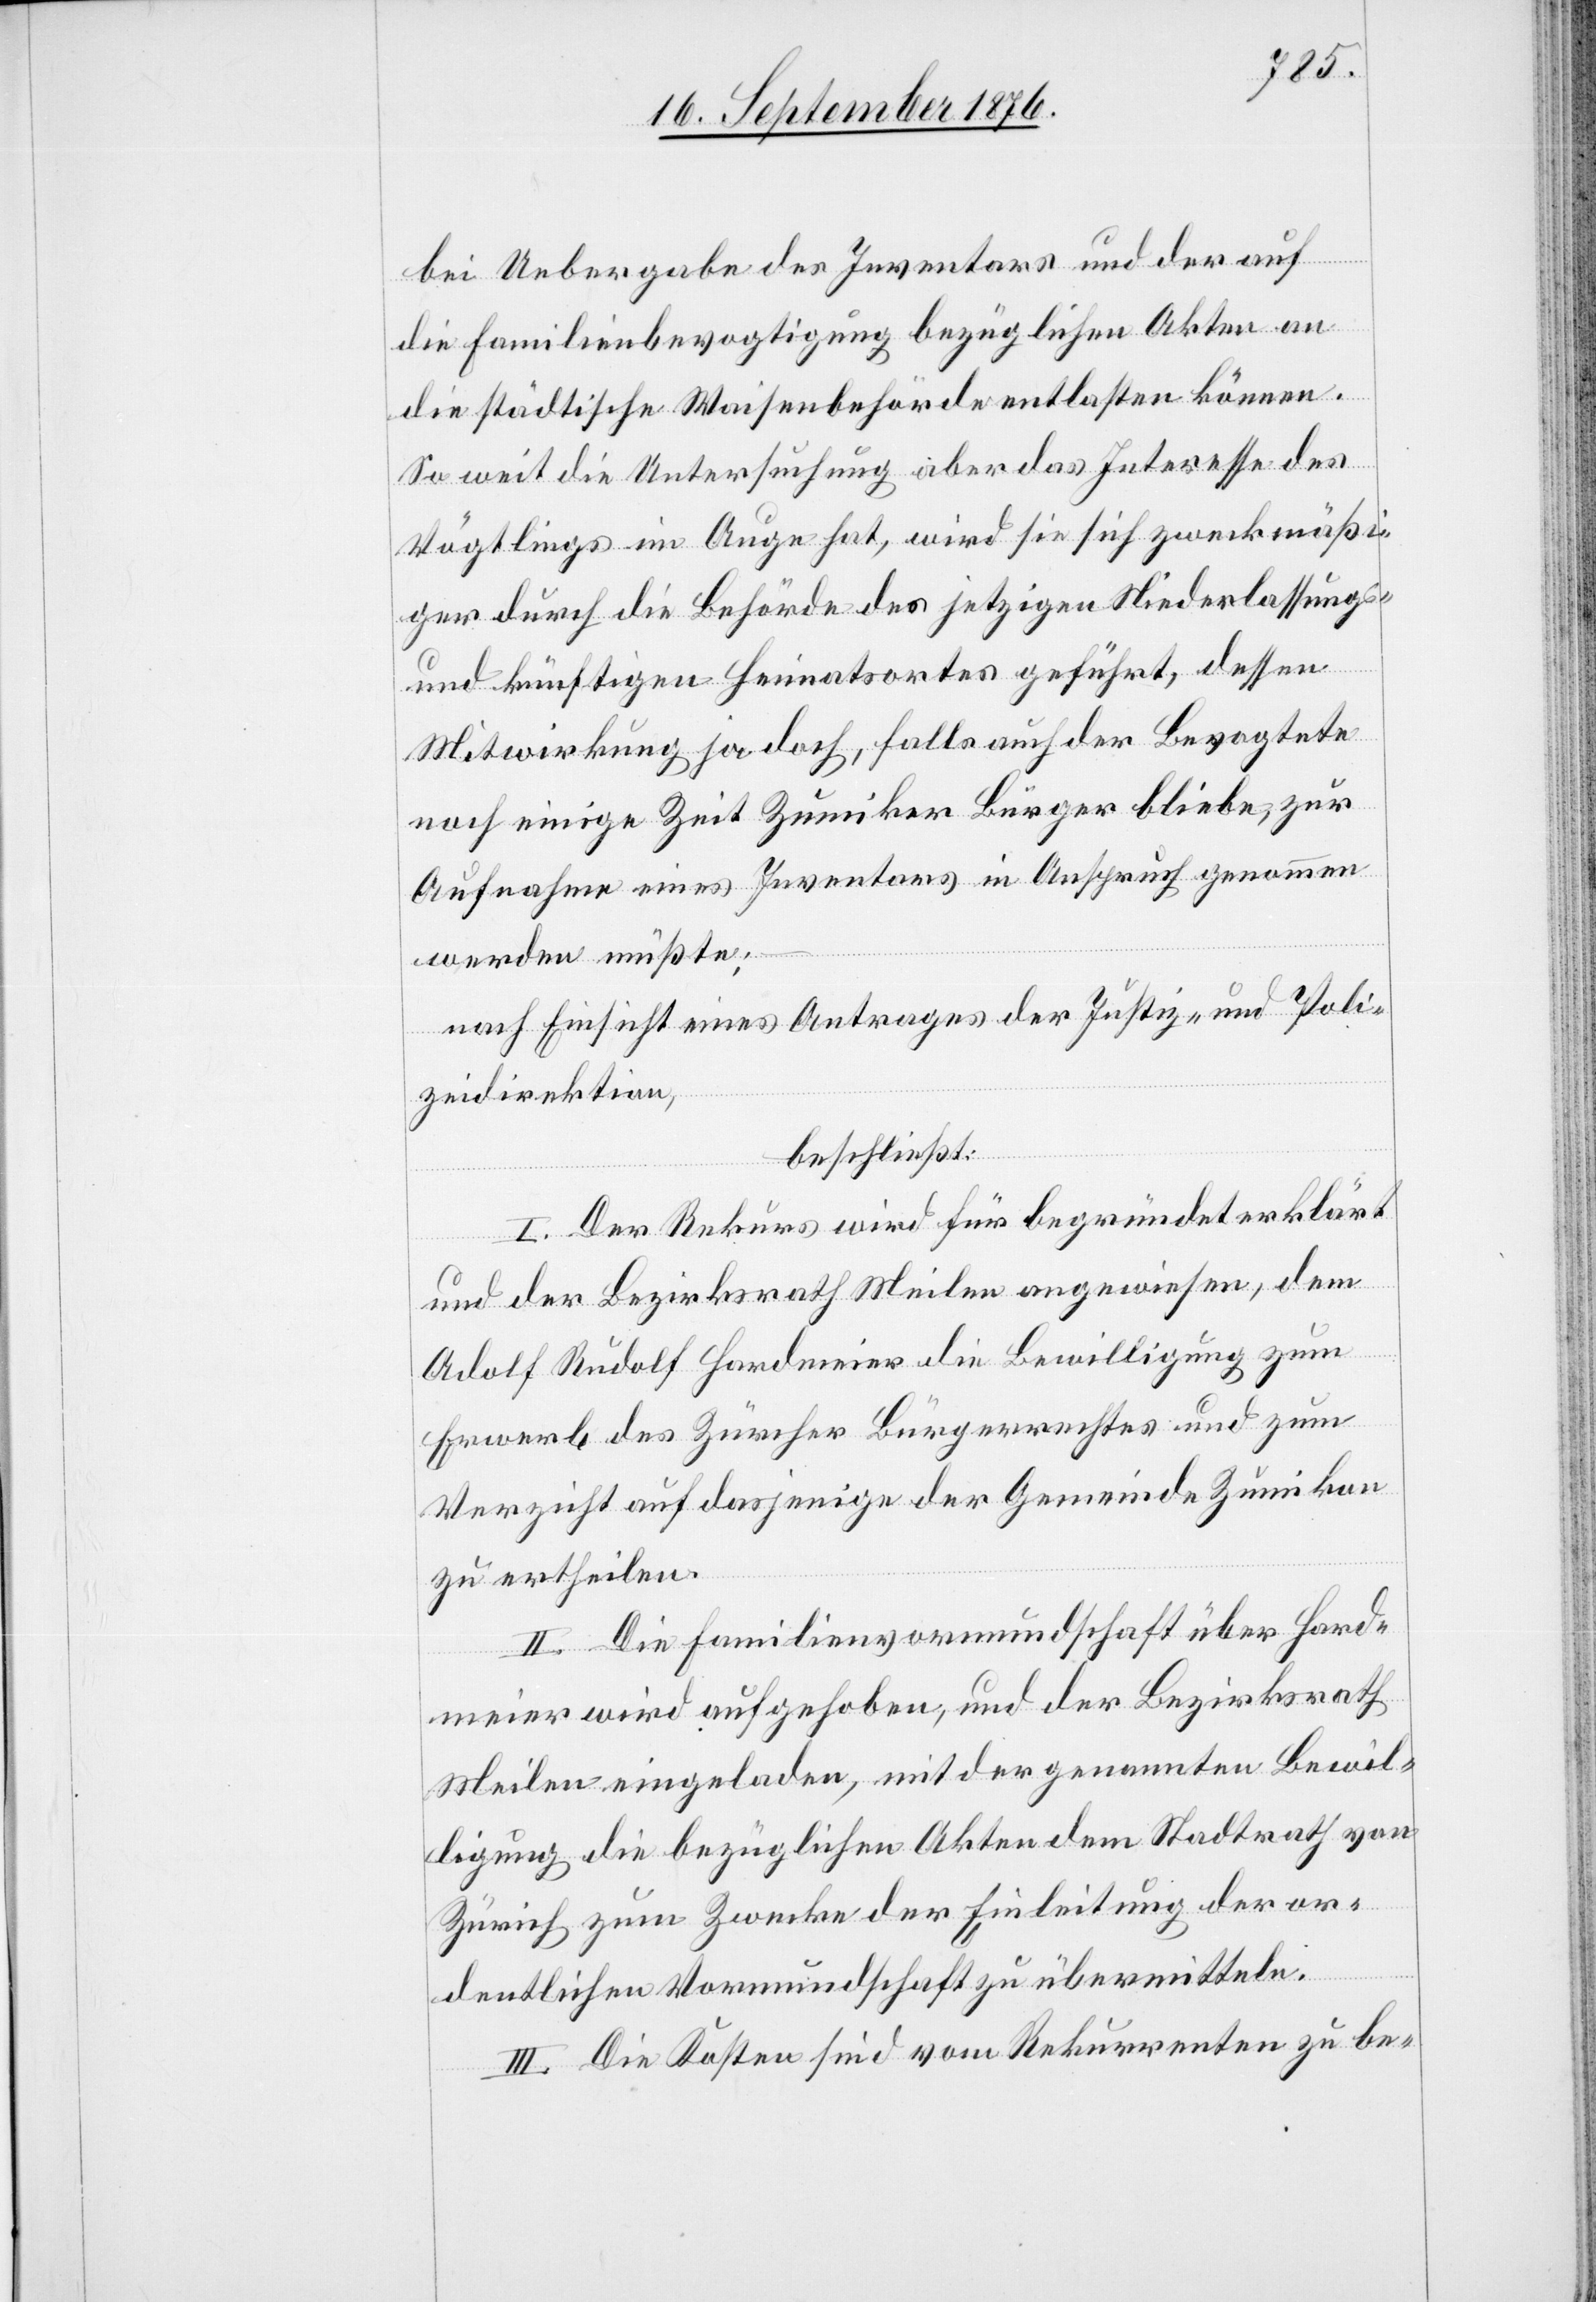
der Uebergabe des Inventars und der auf
die Familienbevogtigung bezüglichen Akten an
die städtische Waisenbehörde entlasten können.
So weit die Untersuchung aber das Interesse des
Vögtlings im Auge hat, wird sie sich zweckmäßi¬
ger durch die Behörde des jetzigen Niederlassungs-
und künftigen Heimatsortes geführt [sic!], dessen
Mitwirkung ja doch, falls auch der Bevogtete
noch einige Zeit Zumiker Bürger bliebe, zur
Aufnahme eines Inventars in Anspruch genommen
werden müßte;
nach Einsicht eines Antrages der Justiz- und Poli¬
zeidirektion,
bei
beschließt:
I. Der Rekurs wird für begründet erklärt
und der Bezirksrath Meilen angewiesen, dem
Adolf Rudolf Hardmeier die Bewilligung zum
Erwerb des Zürcher Bürgerrechtes und zum
Verzicht auf dasjenige der Gemeinde Zumikon
zu ertheilen.
II. Die Familienvormundschaft über Hard¬
meier wird aufgehoben, und der Bezirksrath
Meilen eingeladen, mit der genannten Bewil¬
ligung die bezüglichen Akten dem Stadtrath von
Zürich zum Zwecke der Einleitung der or¬
dentlichen Vormundschaft zu übermitteln.
III. Die Kosten sind vom Rekurrenten zu be-